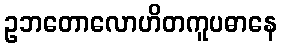
ဥဘတောလောဟိတကူပဓာနေ